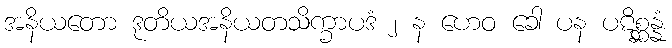
အနိယတော ဒုတိယအနိယတသိက္ခာပဒံ ၂ န ဟေဝ ခေါ ပန ပဋိစ္ဆန္နံ